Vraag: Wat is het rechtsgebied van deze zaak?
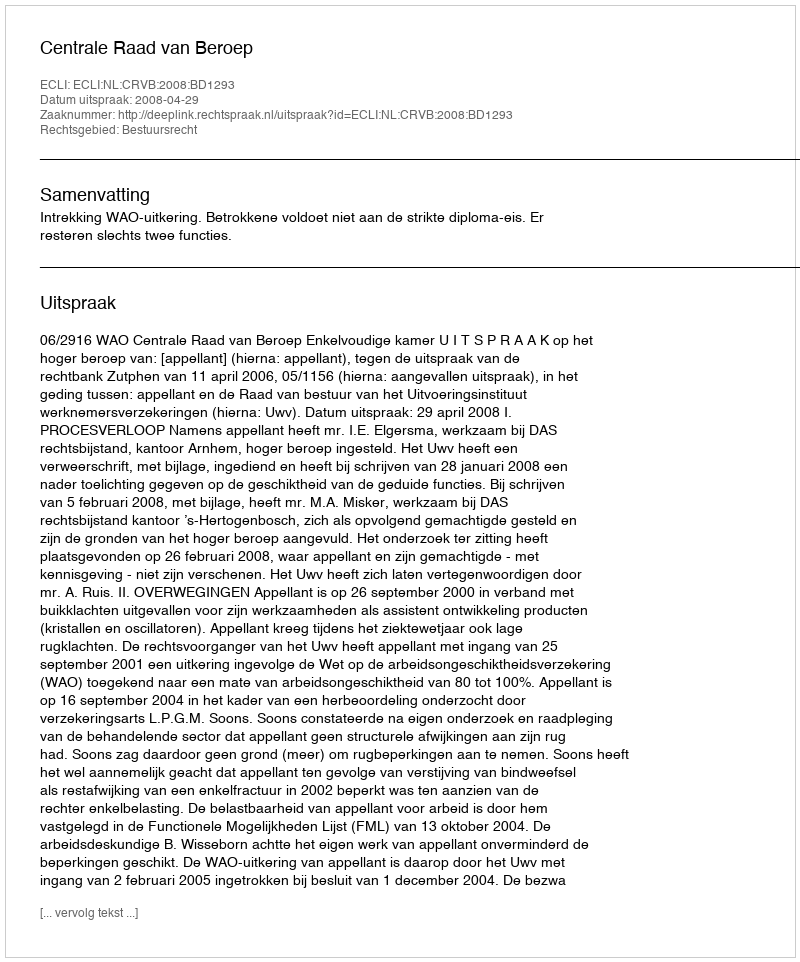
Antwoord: Bestuursrecht